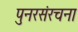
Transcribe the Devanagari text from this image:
पुनरसंरचना